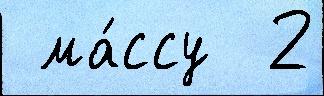
 ма́ссу  2